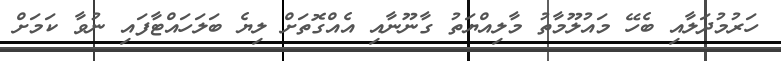
ހަރުމުދަލާއި ބެހޭ މައުލޫމާތު މާލިއްޔަތު ގާނޫނާއި އެއްގޮތަށް ލިޔެ ބަލަހައްޓާފައި ނުވާ ކަމަށް